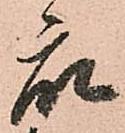
衆